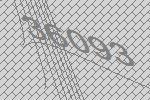
36093